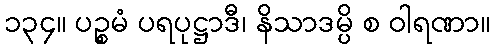
၁၃၄။ ပဉ္စမံ ပရပုဋ္ဌာဒီ၊ နိသာဒမ္ပိ စ ဝါရဏာ။